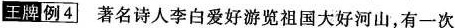
王牌例4 著名诗人李白爱好游览祖国大好河山，有一次